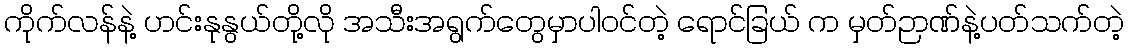
ကိုက်လန်နဲ့ ဟင်းနုနွယ်တို့လို အသီးအရွက်တွေမှာပါဝင်တဲ့ ရောင်ခြယ် က မှတ်ဉာဏ်နဲ့ပတ်သက်တဲ့